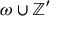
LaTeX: \omega \cup \mathbb { Z } ^ { \prime }